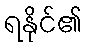
ရနိုင်၏